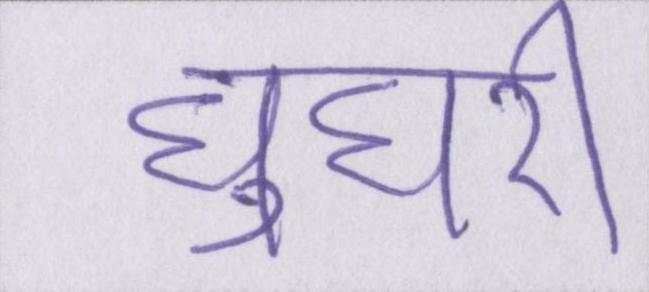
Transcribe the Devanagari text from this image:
घुघरी